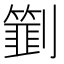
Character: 㔐